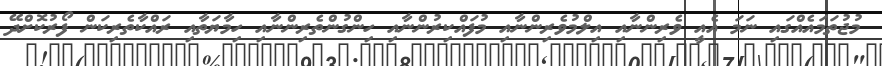
މުޖުތަމައެއްގައި ނަމަ އެއީ ވެރިންނާއި އިލްމުވެރިންނާއި މުފައްކިރުންނާއި ހިންގުންތެރިންނާއި ހިމާޔަތާއި ރައްކާތެރިކަން ފޯރުކޮށްދޭ